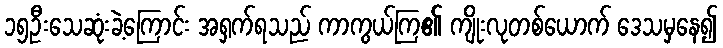
၁၅ဦးသေဆုံးခဲ့ကြောင်း အရှက်ရသည် ကာကွယ်ကြ၏ ကျိုးလုတစ်ယောက် ဒေသမှနေ၍